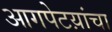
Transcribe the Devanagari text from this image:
आगपेटय़ांचा